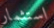
استثمار